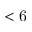
< \mathrm { 6 }